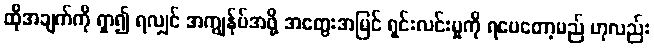
ထိုအချက်ကို ရှာ၍ ရလျှင် အကျွန်ုပ်အဖို့ အတွေးအမြင် ရှင်းလင်းမှုကို ရပေတော့မည် ဟုလည်း